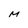
Character: M